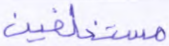
مستخلفين